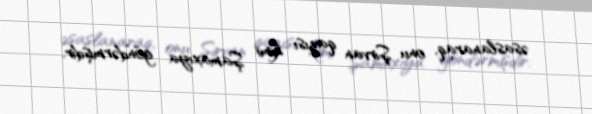
əsaslanaraq, onu Şirvan qazısı kimi Şamaxıya göndərmişdir.